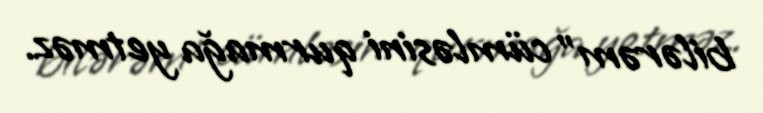
bilərəm” cümləsini qurmağa yetməz.